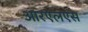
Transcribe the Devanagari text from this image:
आरएलएस